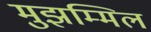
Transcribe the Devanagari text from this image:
मुझम्मिल